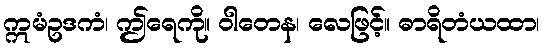
ဣမံဥဒကံ၊ ဤရေကို။ ဝါတေန၊ လေဖြင့်။ ဓာရိတံယထာ၊